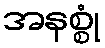
အနစ္စုံ